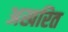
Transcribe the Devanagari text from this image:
अखरित